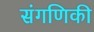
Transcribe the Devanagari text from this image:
संगणिकी